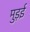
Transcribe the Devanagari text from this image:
मुड़ई